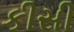
કીસી